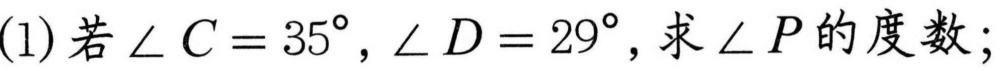
(1) 若\(\angle C = 35^{\circ},\angle D = 29^{\circ}\), 求\(\angle P\)的度数;